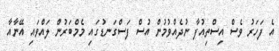
އެ ފަހަރު ވެސް އިސްތިއުފާ ނުދެއްވުމުން އުސް ފަސްގަނޑުގައި މެމްބަރުން ލައްވައި އޭނާއާ